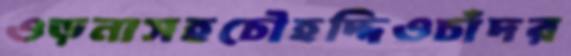
ওড়নাসহচৌহদ্দিওচাঁদর